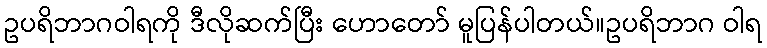
ဥပရိဘာဂဝါရကို ဒီလိုဆက်ပြီး ဟောတော် မူပြန်ပါတယ်။ဥပရိဘာဂ ဝါရ